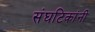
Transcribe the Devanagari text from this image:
संघटिकांनी